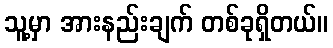
သူ့မှာ အားနည်းချက် တစ်ခုရှိတယ်။